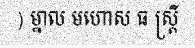
) ម្នាល មហោស ធ ស្ត្រី